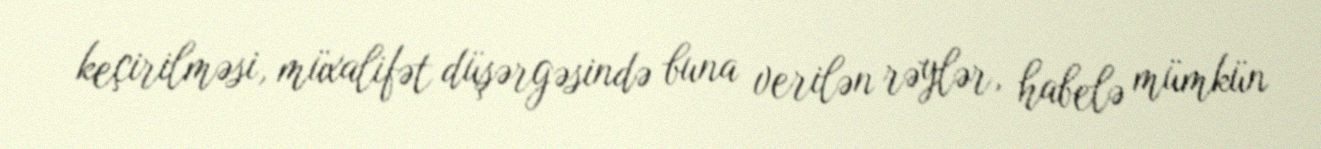
keçirilməsi, müxalifət düşərgəsində buna verilən rəylər, habelə mümkün